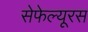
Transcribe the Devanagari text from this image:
सेफेल्यूरस